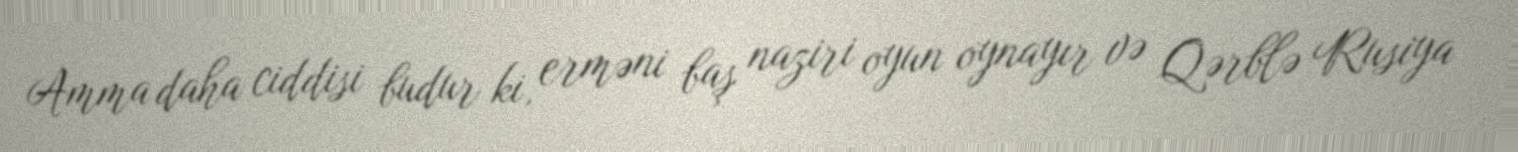
Amma daha ciddisi budur ki, erməni baş naziri oyun oynayır və Qərblə Rusiya